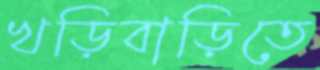
খড়িবাড়িতে